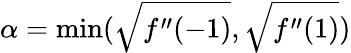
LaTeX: \alpha=\operatorname*{min}(\sqrt{f^{\prime\prime}(-1)},\sqrt{f^{\prime\prime}(1)})